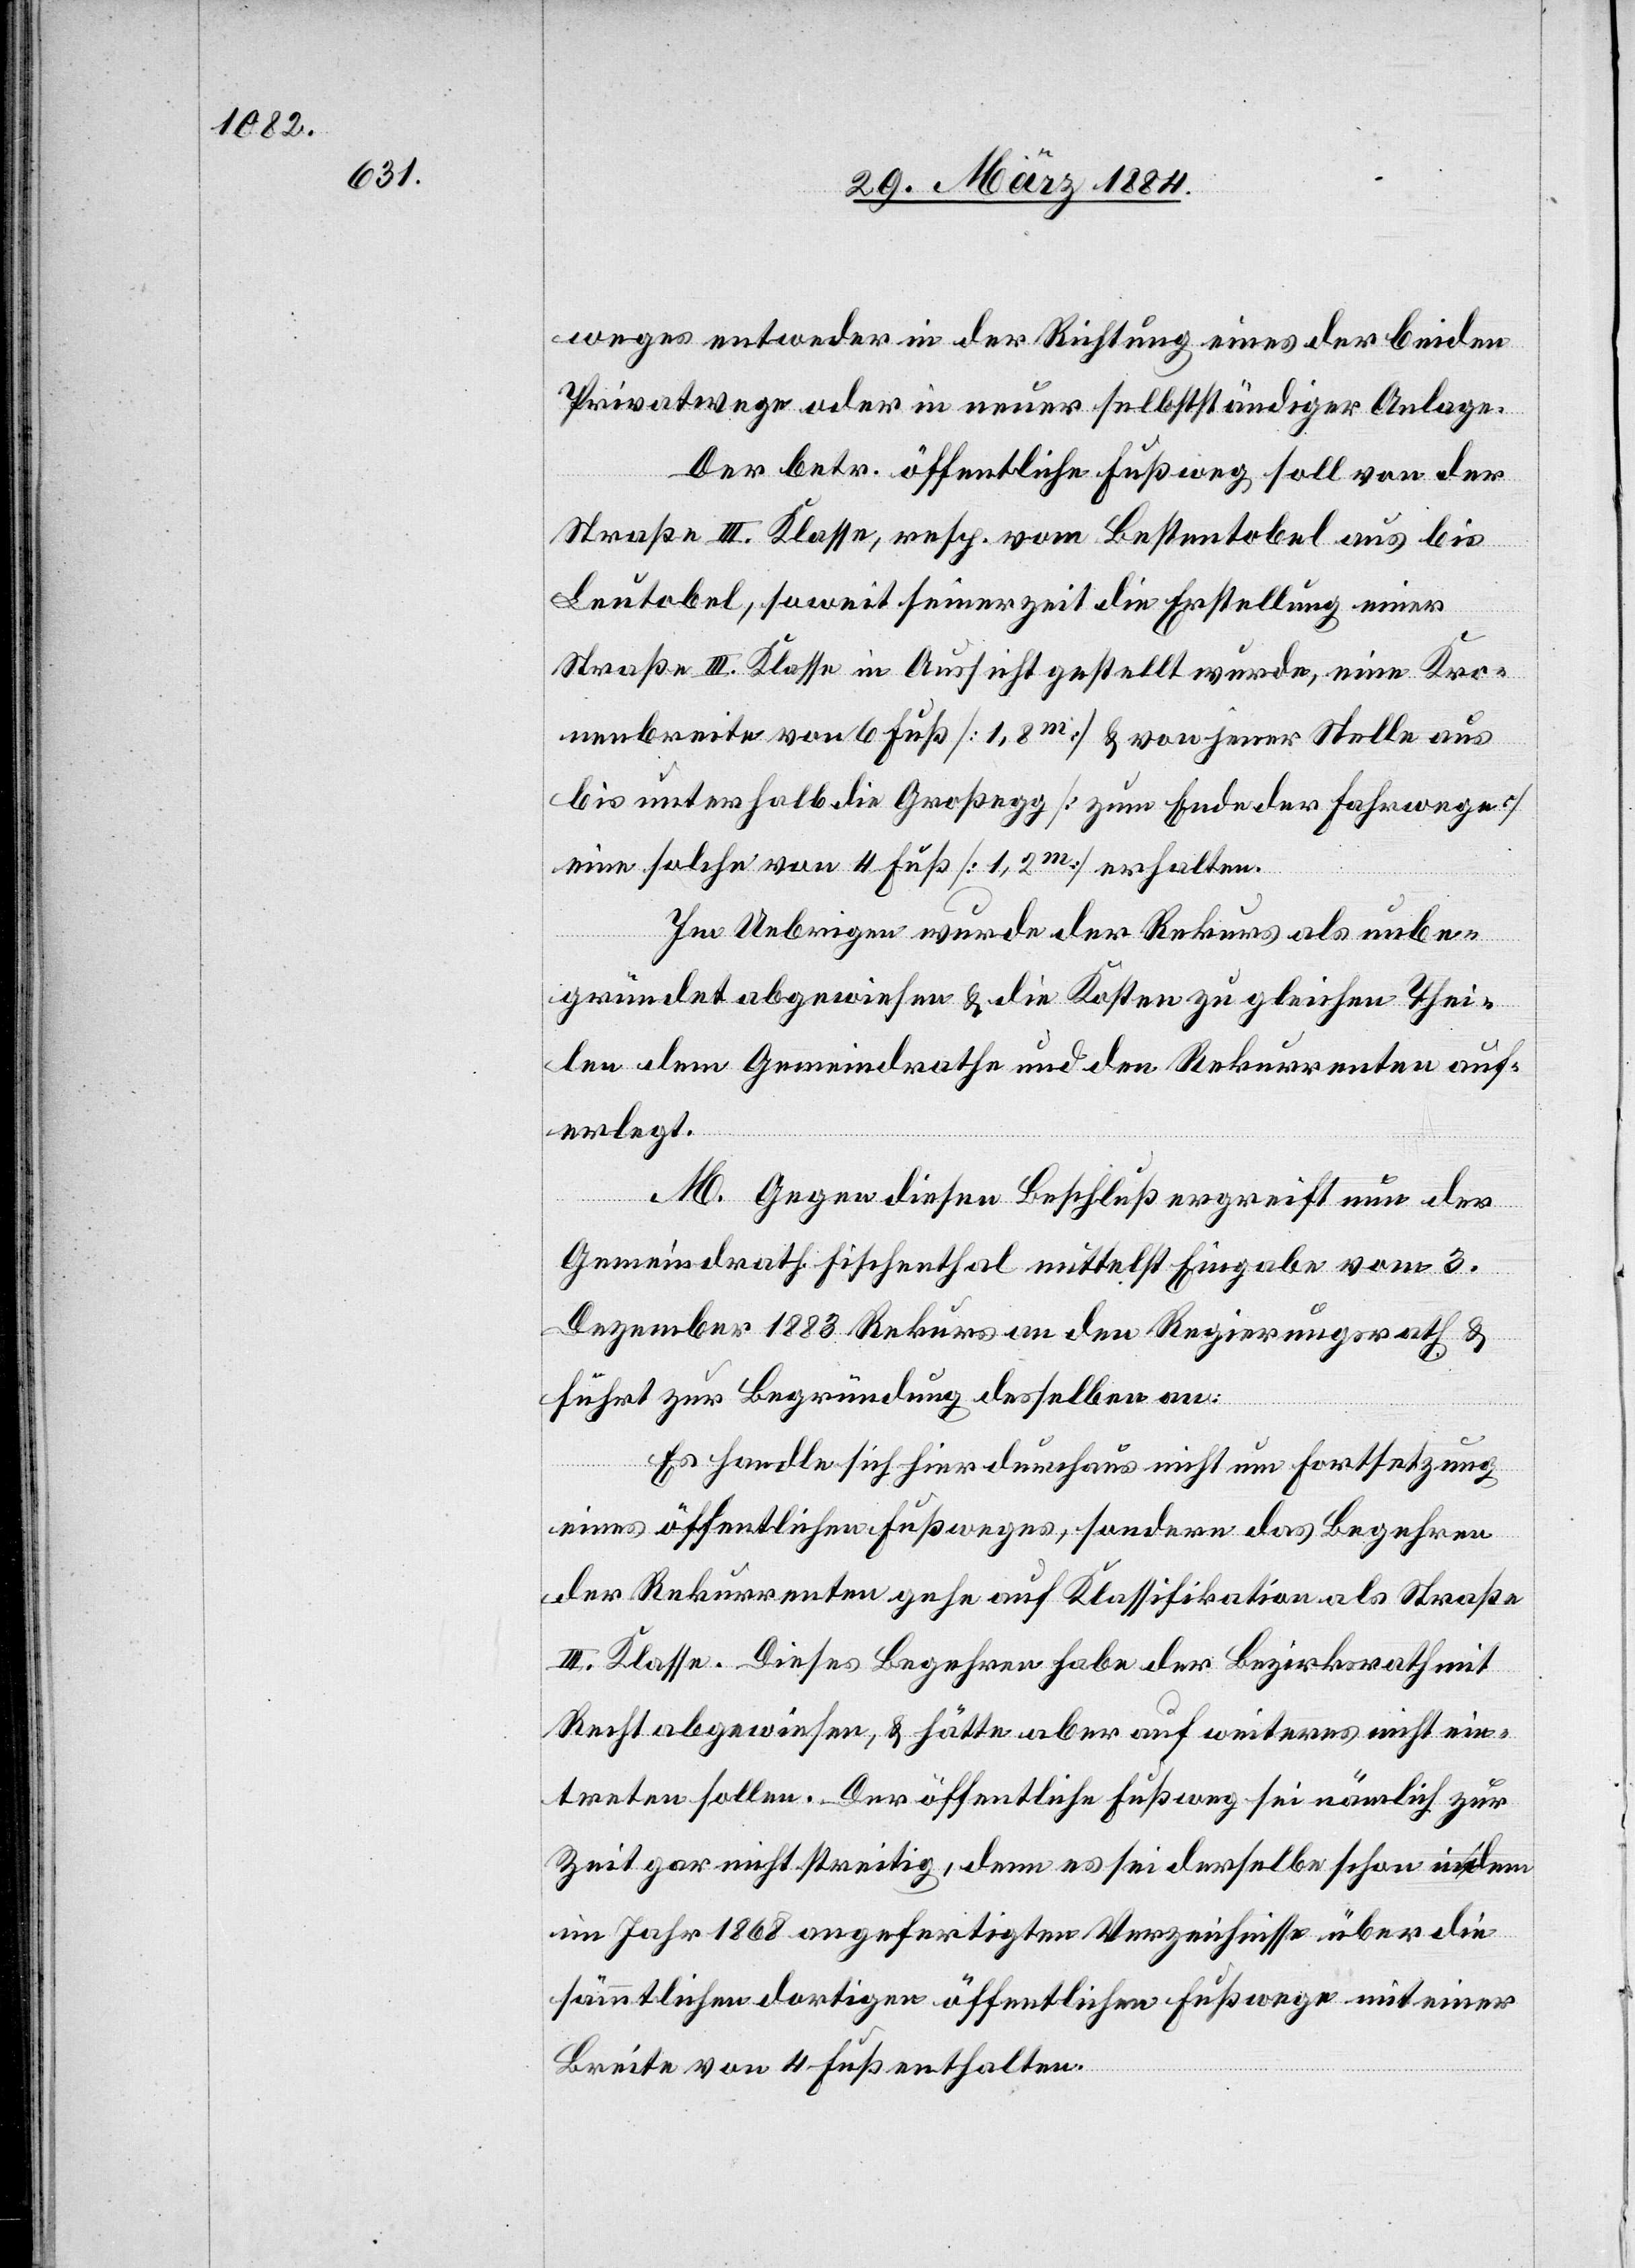
weges entweder in der Richtung eines der beiden
Privatwege oder in neuer selbständiger Anlage.
Der betr. öffentliche Fußweg soll von der
Straße III. Klasse, resp. vom Bestentobel aus bis
Leutobel, soweit seiner Zeit die Erstellung einer
Straße III. Klasse in Aussicht gestellt wurde, eine Kro¬
nenbreite von 6 Fuß [1,8m] & von jener Stelle aus
bis unterhalb die Großegg [zum Ende der Fahrwege]
eine solche von 4 Fuß [1,2m] erhalten.
Im Uebrigen wurde der Rekurs als unbe¬
gründet abgewiesen & die Kosten zu gleichen Thei¬
len dem Gemeindrath und den Rekurrenten auf¬
erlegt.
M. Gegen diesen Beschluß ergreift nun der
Gemeindrath Fischenthal mittelst Eingabe vom 3.
Dezember 1883 Rekurs an den Regierungsrath &
führt zu Begründung desselben an:
Es handle sich hier durchaus nicht um Fortsetzung
eines öffentlichen Fußweges, sondern das Begehren
der Rekurrenten gehe auf Klassifikation als Straße
III. Klasse. Dieses Begehren habe der Bezirksrath mit
Recht abgewiesen, & hätte aber auf Weiteres nicht ein¬
treten sollen. Der öffentliche Fußweg sei nämlich zur
Zeit gar nicht streitig, denn es sei derselbe schon in den
im Jahr 1868 angefertigten Verzeichnissen über die
sämmtlichen dortigen öffentlichen Fußwege mit einer
Breite von 4 Fuß enthalten.